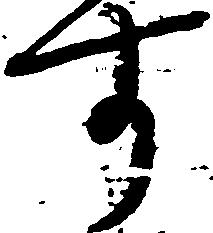
す